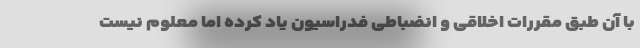
با آن طبق مقررات اخلاقی و انضباطی فدراسیون یاد کرده اما معلوم نیست